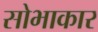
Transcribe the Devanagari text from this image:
सोभाकार